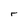
Character: r